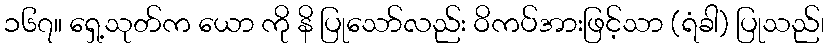
၁၆၇။ ရှေ့သုတ်က ယော ကို နိ ပြုသော်လည်း ဝိကပ်အားဖြင့်သာ (ရံခါ) ပြုသည်၊